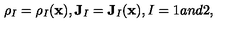
\rho _ { I } = \rho _ { I } ( \mathbf { x } ) , \mathbf { J } _ { I } = \mathbf { J } _ { I } ( \mathbf { x } ) , I = 1 a n d 2 ,